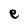
Character: e